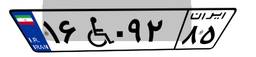
۵۱W۷۸۵۴۸